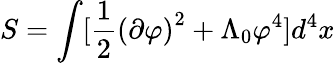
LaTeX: S=\int[\frac{1}{2}\left(\partial\varphi\right)^{2}+\Lambda_{0}\varphi^{4}]d^{4}x